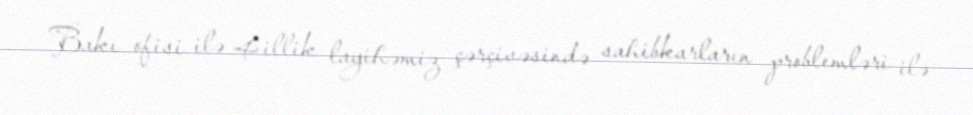
Bakı ofisi ilə 4 illik layihəmiz çərçivəsində sahibkarların problemləri ilə